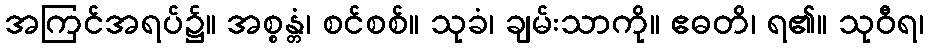
အကြင်အရပ်၌။ အစ္စန္တံ၊ စင်စစ်။ သုခံ၊ ချမ်းသာကို။ ဧဓတိ၊ ရ၏။ သုဝီရ၊